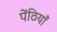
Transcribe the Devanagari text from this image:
पेंठियाँ